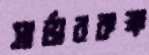
সার্ভারকক্ষ